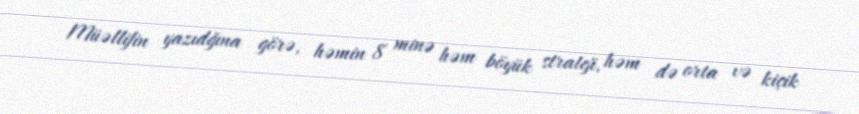
Müəllifin yazıdğına görə, həmin 8 minə həm böyük strateji, həm də orta və kiçik